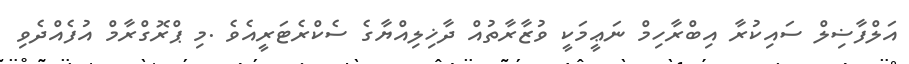
އަލްފާޟިލް ސައިކުރާ އިބްރާހިމް ނަޢީމަކީ ވުޒާރާތުއް ދާޚިލިއްޔާގެ ސެކްރެޓަރީއެވެ .މި ޕްރޮގްރާމް އުފެއްދެވި